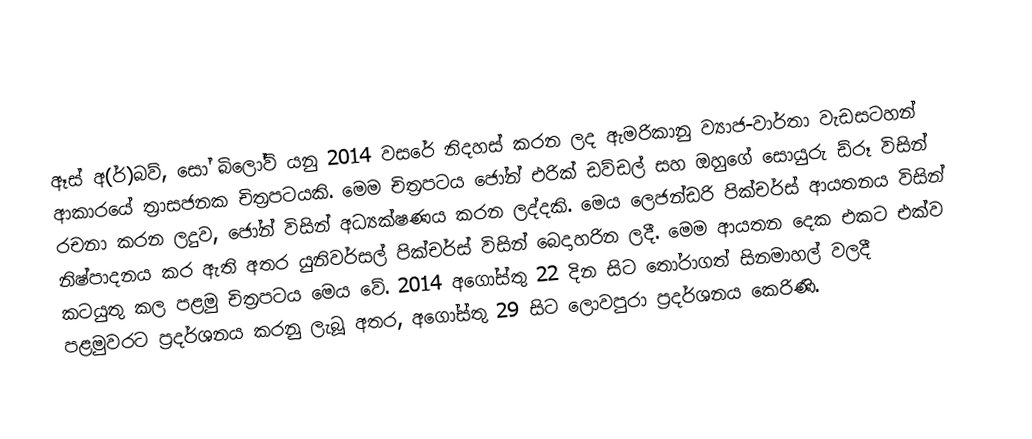
ඈස් අ(ර්)බව්, සෝ බිලෝව් යනු 2014 වසරේ නිදහස් කරන ලද ඇමරිකානු ව්‍යාජ-වාර්තා වැඩසටහන් ආකාරයේ ත්‍රාසජනක චිත්‍රපටයකි. මෙම චිත්‍රපටය ජෝන් එරික් ඩව්ඩල් සහ ඔහුගේ සොයුරු ඩ්රූ විසින් රචනා කරන ලදුව, ජෝන් විසින් අධ්‍යක්ෂණය කරන ලද්දකි. මෙය ලෙජන්ඩරි පික්චර්ස් ආයතනය විසින් නිෂ්පාදනය කර ඇති අතර යුනිවර්සල් පික්චර්ස් විසින් බෙදාහරින ලදී. මෙම ආයතන දෙක එකට එක්ව කටයුතු කල පළමු චිත්‍රපටය මෙය වේ. 2014 අගෝස්තු 22 දින සිට තෝරාගත් සිනමාහල් වලදී පළමුවරට ප්‍රදර්ශනය කරනු ලැබූ අතර, අගෝස්තු 29 සිට ලොවපුරා ප්‍රදර්ශනය කෙරිණි.